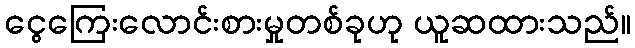
ငွေကြေးလောင်းစားမှုတစ်ခုဟု ယူဆထားသည်။